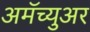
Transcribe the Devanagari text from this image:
अमॅच्युअर